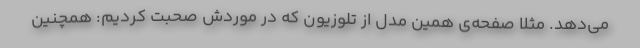
می‌دهد. مثلا صفحه‌ی همین مدل از تلوزیون که در موردش صحبت کردیم: همچنین